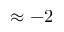
\approx - 2